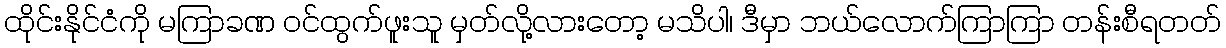
ထိုင်းနိုင်ငံကို မကြာခဏ ဝင်ထွက်ဖူးသူ မှတ်လို့လားတော့ မသိပါ၊ ဒီမှာ ဘယ်လောက်ကြာကြာ တန်းစီရတတ်